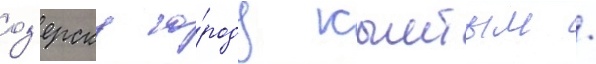
оз'ерску го́роду кыштым /